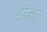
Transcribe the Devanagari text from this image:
थोंगशा